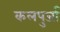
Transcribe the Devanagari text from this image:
कलपुर्जा